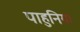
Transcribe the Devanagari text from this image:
पाहुनिया